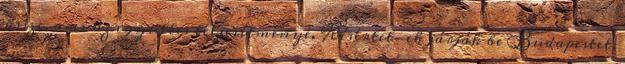
össze, ami az együttes teljesítménye. Kísértet-ek járják be Budapestet,